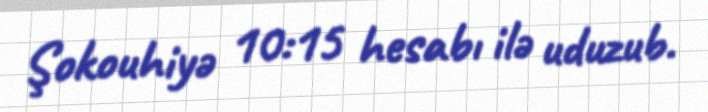
Şokouhiyə 10:15 hesabı ilə uduzub.